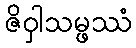
ဇိဝှါသမ္ဖဿံ